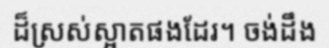
ដ៏ស្រស់ស្អាតផងដែរ។ ចង់ដឹង